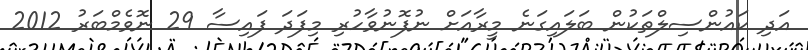
އަދި ކައުންސިލްތަކުން ބަލައިގަނެ މީރާއަށް ނުފޮނުވާހުރި މިފަދަ ފައިސާ 29 ނޮވެމްބަރު 2012